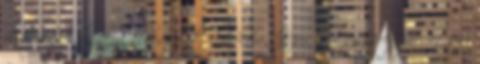
elveszett bárány, elveszett drachma, Jézus a tengeren jár, ötezer